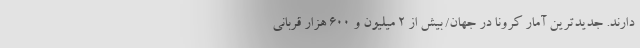
دارند. جدیدترین آمار کرونا در جهان/ بیش از ۲ میلیون و ۶۰۰ هزار قربانی